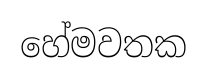
හේමවතක